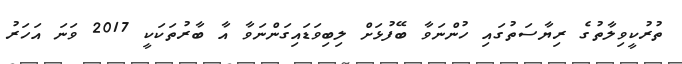
ތުރުކީވިލާތުގެ ރިޔާސަތުގައި ހުންނަވާ ބޭފުޅަށް ލިބިވަޑައިގަންނަވާ އާ ބާރުތަކަކީ 2017 ވަނަ އަހަރު